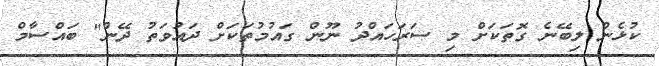
ކުޅެން ލިބޭނެ ގޮތަކަށް މި ސަރަހައްދު ނޫން ގައުމުތަކަށް ދައުވަތު ދޭން" ބައްސާމް